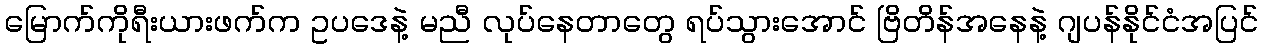
မြောက်ကိုရီးယားဖက်က ဥပဒေနဲ့ မညီ လုပ်နေတာတွေ ရပ်သွားအောင် ဗြိတိန်အနေနဲ့ ဂျပန်နိုင်ငံအပြင်